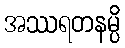
အဿရတနမ္ပိ